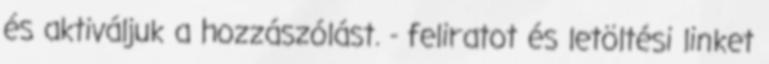
és aktiváljuk a hozzászólást. - feliratot és letöltési linket